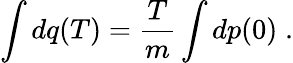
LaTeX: \int dq(T)=\frac{T}{m}\int dp(0)\; .